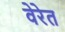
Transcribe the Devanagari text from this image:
वेरेत